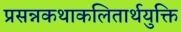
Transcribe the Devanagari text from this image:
प्रसन्नकथाकलितार्थयुक्ति